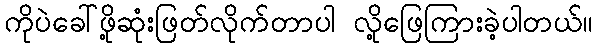
ကိုပဲခေါ်ဖို့ဆုံးဖြတ်လိုက်တာပါ လို့ဖြေကြားခဲ့ပါတယ်။